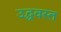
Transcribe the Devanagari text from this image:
उद्धवस्‍त